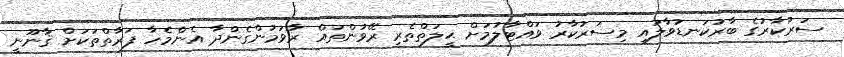
ސަރުކާރުގެ ބާރުކަނޑުވާލައި މިސަރުކާރު ވައްޓާލުމަށް ޙީލަތްތެރި ރޭވުންތައް ރާވަމުންގެންދާ އެންމެހާ ފަރާތްތަކަށް ޤާނޫނީ